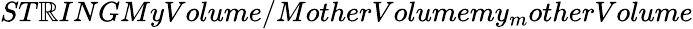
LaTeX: ST\mathbb{R}INGMyVolume/MotherVolumemy_{m}otherVolume